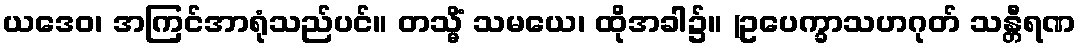
ယဒေဝ၊ အကြင်အာရုံသည်ပင်။ တသ္မိံ သမယေ၊ ထိုအခါ၌။ (ဥပေက္ခာသဟဂုတ် သန္တီရဏ